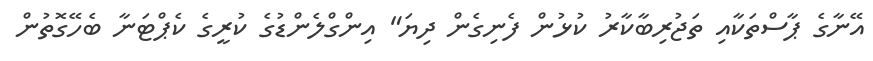
އޭނާގެ ޕާސްތަކާއި ތަޖުރިބާކާރު ކުޅުން ފެނިގެން ދިޔަ" އިންގްލެންޑުގެ ކުރީގެ ކެޕްޓަނާ ބެހޭގޮތުން